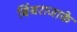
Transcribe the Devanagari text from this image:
बिंबराजाके